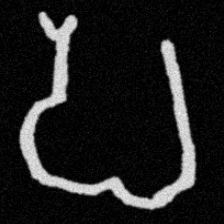
Pyu character \u2014 Myanmar letter: ပ (romanized: pa)